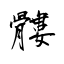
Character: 髏